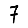
Digit: 7